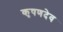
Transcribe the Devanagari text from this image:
कृषणदेव